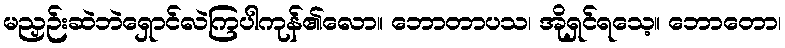
မညှဉ်းဆဲဘဲရှောင်လဲကြပါကုန်၏လော။ ဘောတာပသ၊ အိုရှင်ရသေ့။ ဘောတော၊